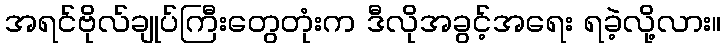
အရင်ဗိုလ်ချုပ်ကြီးတွေတုံးက ဒီလိုအခွင့်အရေး ရခဲ့လို့လား။